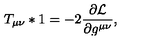
T _ { \mu \nu } * 1 = - 2 \frac { \partial { \cal L } } { \partial g ^ { \mu \nu } } ,